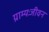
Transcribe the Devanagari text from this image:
ग्राम्यःजीवन